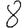
Digit: 8